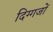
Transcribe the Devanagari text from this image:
दिग्‍गजों